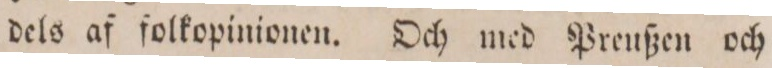
dels af folkopinionen. Och med Preußen och